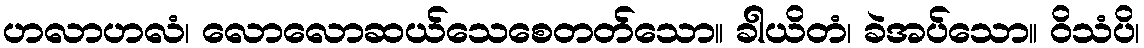
ဟလာဟလံ၊ လောလောဆယ်သေစေတတ်သော။ ခါယိတံ၊ ခဲအပ်သော။ ဝိသံပိ၊